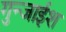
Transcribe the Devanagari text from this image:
गुन्जाईश